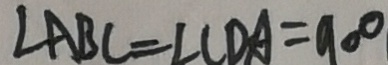
\angle A B C = \angle C D A = 9 0 ^ { \circ }